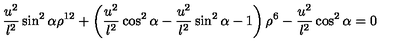
{ \frac { u ^ { 2 } } { l ^ { 2 } } } \sin ^ { 2 } \alpha \rho ^ { 1 2 } + \left( { \frac { u ^ { 2 } } { l ^ { 2 } } } \cos ^ { 2 } \alpha - { \frac { u ^ { 2 } } { l ^ { 2 } } } \sin ^ { 2 } \alpha - 1 \right) \rho ^ { 6 } - { \frac { u ^ { 2 } } { l ^ { 2 } } } \cos ^ { 2 } \alpha = 0